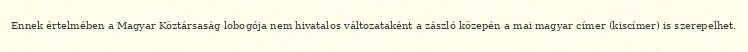
Ennek értelmében a Magyar Köztársaság lobogója nem hivatalos változataként a zászló közepén a mai magyar címer (kiscímer) is szerepelhet.